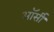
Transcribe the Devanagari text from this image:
ऑर्सी